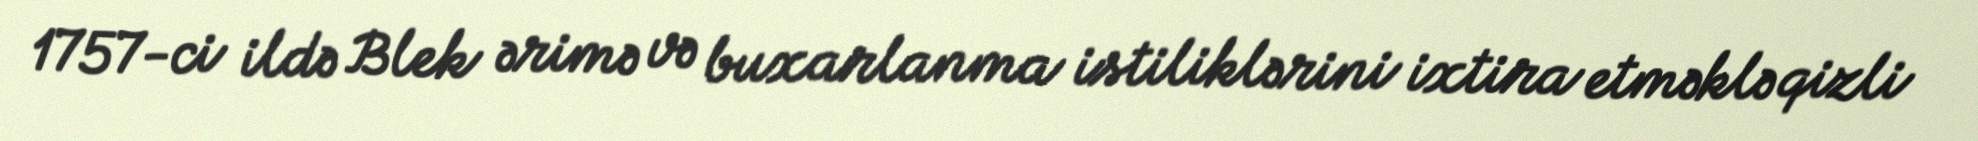
1757-ci ildə Blek ərimə və buxarlanma istiliklərini ixtira etməklə qizli